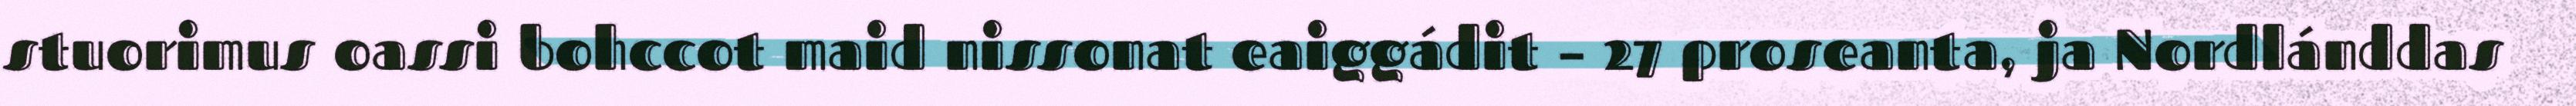
stuorimus oassi bohccot maid nissonat eaiggádit – 27 proseanta, ja Nordlánddas